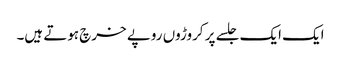
ایک ایک جلسے پر کروڑوں روپے خرچ ہوتے ہیں۔